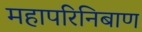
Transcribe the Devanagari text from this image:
महापरिनिबाण